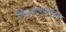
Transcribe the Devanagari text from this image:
किन्डलबरगर